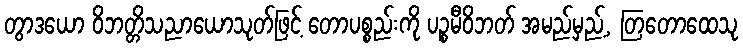
တွာဒယော ဝိဘတ္တိသညာယောသုတ်ဖြင့် တောပစ္စည်းကို ပဉ္စမီဝိဘတ် အမည်မှည့်, တြတောထေသု